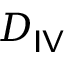
D _ { { \sf I V } }